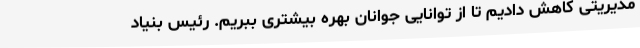
مدیریتی کاهش دادیم تا از توانایی جوانان بهره بیشتری ببریم. رئیس بنیاد